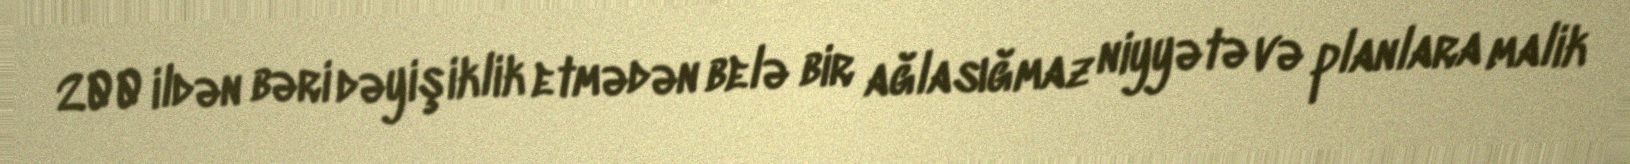
200 ildən bəri dəyişiklik etmədən belə bir ağlasığmaz niyyətə və planlara malik